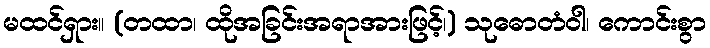
မထင်ရှား။ (တထာ၊ ထိုအခြင်းအရာအားဖြင့်၊) သုဓောတံဝါ၊ ကောင်းစွာ